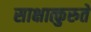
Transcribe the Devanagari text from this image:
साक्षात्कुरुते